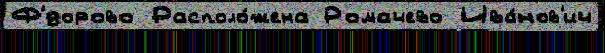
Ф'́дорово Располо́жена Ромачево Ива́нов'ич